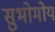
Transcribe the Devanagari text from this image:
सुभोमोय